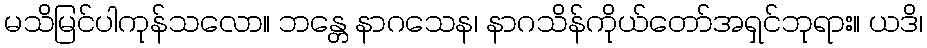
မသိမြင်ပါကုန်သလော။ ဘန္တေ နာဂသေန၊ နာဂသိန်ကိုယ်တော်အရှင်ဘုရား။ ယဒိ၊